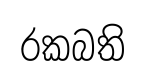
රකබති